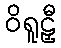
ဝိရူဠှီ